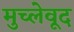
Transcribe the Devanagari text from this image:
मुच्लेवूद